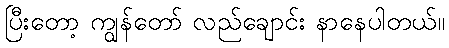
ပြီးတော့ ကျွန်တော် လည်ချောင်း နာနေပါတယ်။